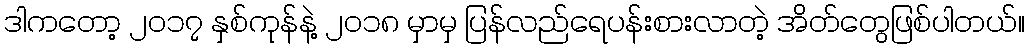
ဒါကတော့ ၂၀၁၇ နှစ်ကုန်နဲ့ ၂၀၁၈ မှာမှ ပြန်လည်ရေပန်းစားလာတဲ့ အိတ်တွေဖြစ်ပါတယ်။